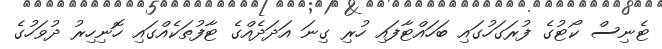
ޓެނިސް ކޯޓުގެ ފުރަގަހުގައި ބަހައްޓާފައި ހުރި ގިނަ އަދަދެއްގެ ޓާފުތަކެއްގައި ހޮނިހިރު ދުވަހުގެ